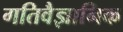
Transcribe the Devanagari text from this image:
गतिवैज्ञानिक